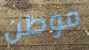
موطن